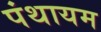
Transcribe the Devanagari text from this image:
पंथायम